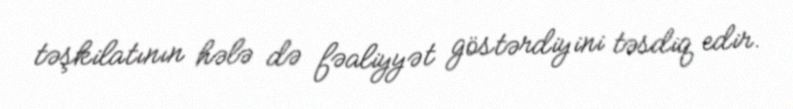
təşkilatının hələ də fəaliyyət göstərdiyini təsdiq edir.